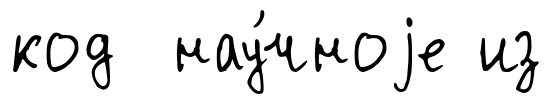
код нау́чноjе из